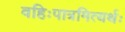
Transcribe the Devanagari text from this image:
वहिःपात्रमित्यर्थः